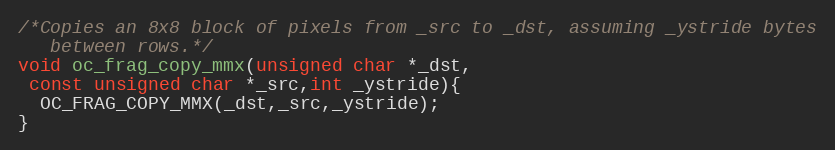
Language: C
/*Copies an 8x8 block of pixels from _src to _dst, assuming _ystride bytes
   between rows.*/
void oc_frag_copy_mmx(unsigned char *_dst,
 const unsigned char *_src,int _ystride){
  OC_FRAG_COPY_MMX(_dst,_src,_ystride);
}